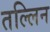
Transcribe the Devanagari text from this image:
तल्लिन